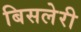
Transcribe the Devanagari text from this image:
बिसलेरी